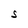
Character: S